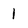
Character: 1